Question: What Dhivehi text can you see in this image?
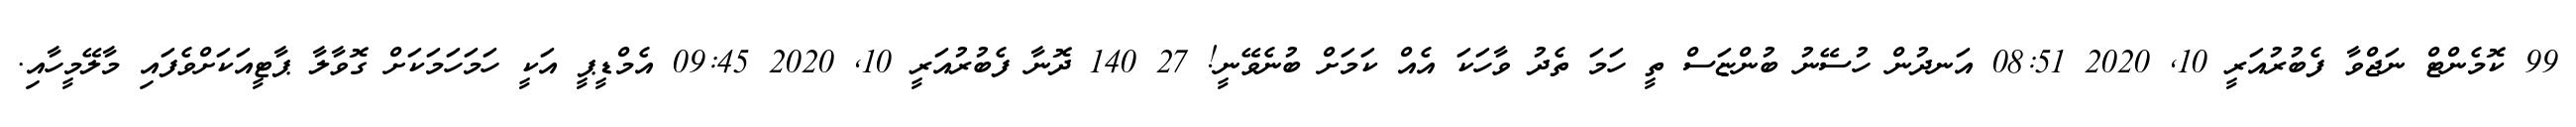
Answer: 99 ކޮމެންޓް ނަޖްވާ ފެބުރުއަރީ 10, 2020 08:51 އަނދުން ހުސޭނު ބުންޏަސް ތީ ހަމަ ތެދު ވާހަކަ އެއް ކަމަށް ބުނެވޭނީ! 27 140 ދޮނާ ފެބުރުއަރީ 10, 2020 09:45 އެމްޑީޕީ އަކީ ހަމަހަމަކަށް ގޮވާލާ ޕާޓީއަކަށްވެފައި މާލޭމީހާއި.